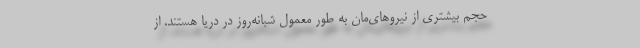
حجم بیشتری از نیروهای‌مان به طور معمول شبانه‌روز در دریا هستند. از